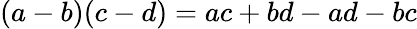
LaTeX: (a-b)(c-d)=ac+bd-ad-bc